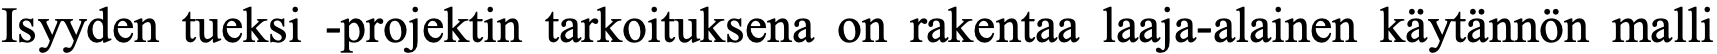
Isyyden tueksi -projektin tarkoituksena on rakentaa laaja-alainen käytännön malli